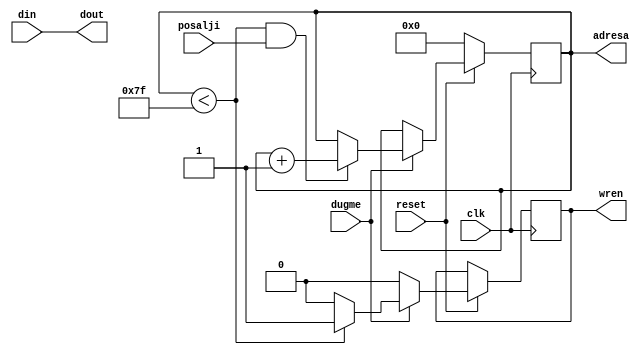
module CTRL2 (input [7:0] din, input reset, input dugme, input clk, output [7:0] dout, output reg [6:0] adresa, input posalji, output reg wren);
assign dout = din;
//reg kontrola = 0;
always @(posedge clk) begin
if(!reset)adresa=0;
else begin;
if(dugme) begin //kontrola=1; if(kontrola) begin
if (adresa < 127) wren = 1; else wren = 0;
if(adresa < 127 && posalji) adresa = adresa + 1;
end
else wren = 0;
end
//else kontrola = 0;
end
endmodule